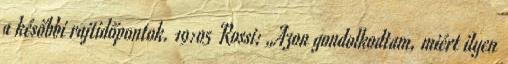
a későbbi rajtidőpontok. 19:05 Rossi: „Azon gondolkodtam, miért ilyen